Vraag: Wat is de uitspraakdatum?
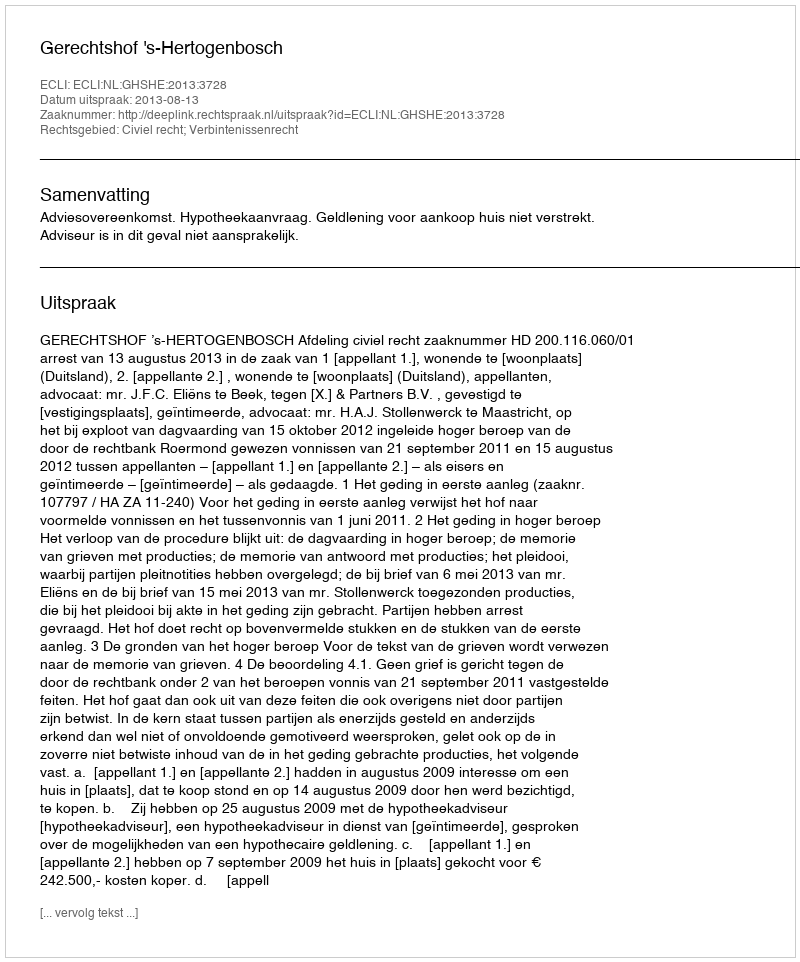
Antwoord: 2013-08-13